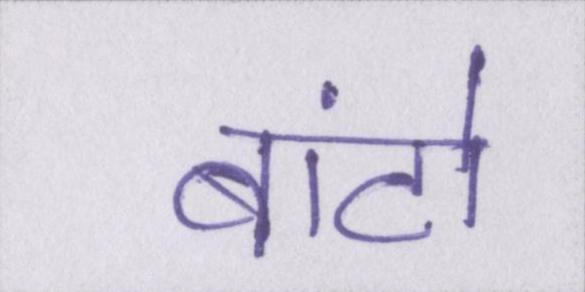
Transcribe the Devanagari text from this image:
बांटो